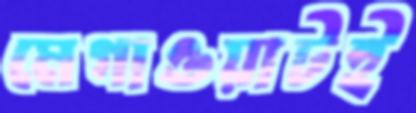
মেগাওয়াটই